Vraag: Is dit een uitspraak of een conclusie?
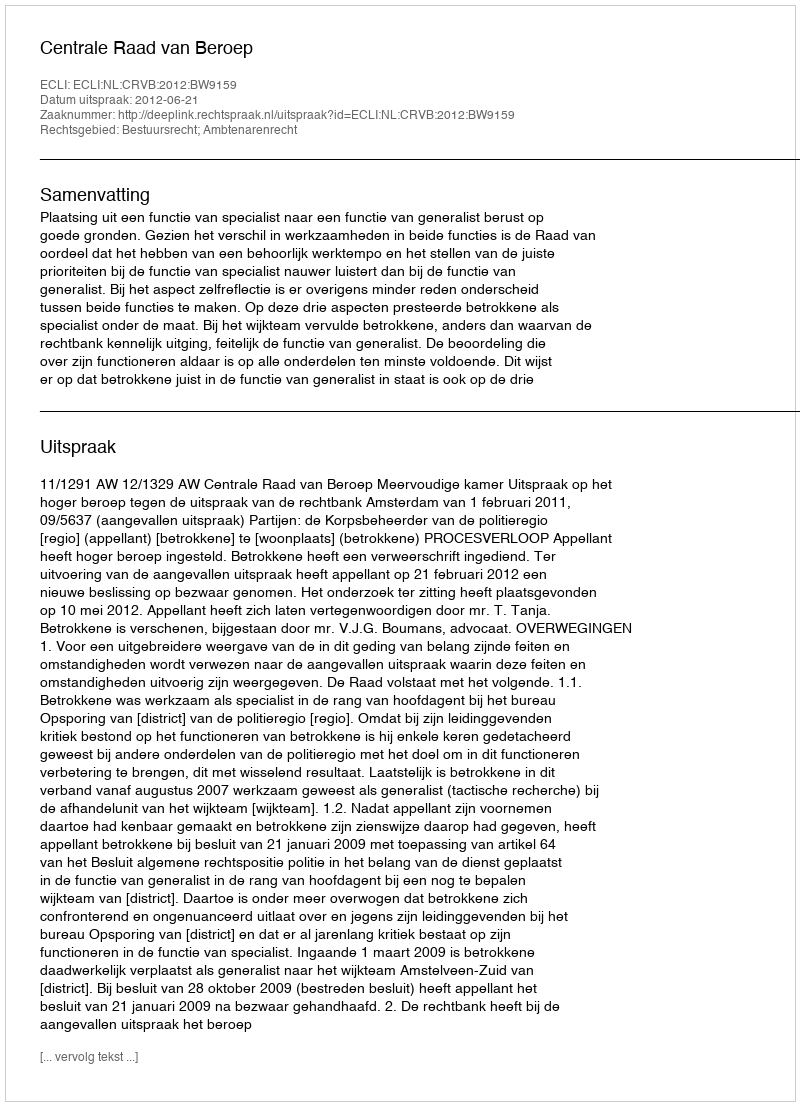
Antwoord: Uitspraak